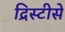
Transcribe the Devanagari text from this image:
द्रिस्टीसे